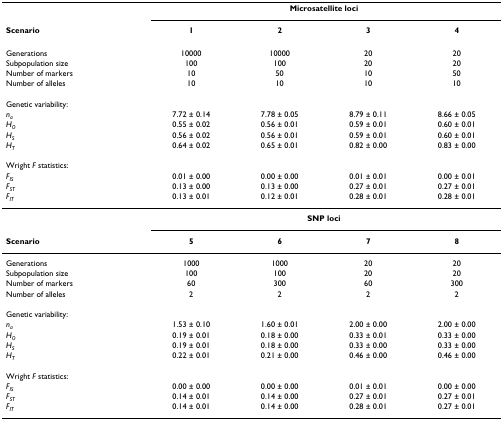
<table><thead><tr><td></td><td colspan="4"><b>Microsatellite loci</b></td></tr><tr><td><b>Scenario</b></td><td><b>1</b></td><td><b>2</b></td><td><b>3</b></td><td><b>4</b></td></tr></thead><tbody><tr><td>Generations</td><td>10000</td><td>10000</td><td>20</td><td>20</td></tr><tr><td>Subpopulation size</td><td>100</td><td>100</td><td>20</td><td>20</td></tr><tr><td>Number of markers</td><td>10</td><td>50</td><td>10</td><td>50</td></tr><tr><td>Number of alleles</td><td>10</td><td>10</td><td>10</td><td>10</td></tr><tr><td>Genetic variability:</td><td></td><td></td><td></td><td></td></tr><tr><td><i>n</i><sub><i>a</i></sub></td><td>7.72 ± 0.14</td><td>7.78 ± 0.05</td><td>8.79 ± 0.11</td><td>8.66 ± 0.05</td></tr><tr><td><i>H</i><sub><i>O</i></sub></td><td>0.55 ± 0.02</td><td>0.56 ± 0.01</td><td>0.59 ± 0.01</td><td>0.60 ± 0.01</td></tr><tr><td><i>H</i><sub><i>S</i></sub></td><td>0.56 ± 0.02</td><td>0.56 ± 0.01</td><td>0.59 ± 0.01</td><td>0.60 ± 0.01</td></tr><tr><td><i>H</i><sub><i>T</i></sub></td><td>0.64 ± 0.02</td><td>0.65 ± 0.01</td><td>0.82 ± 0.00</td><td>0.83 ± 0.00</td></tr><tr><td>Wright <i>F </i>statistics:</td><td></td><td></td><td></td><td></td></tr><tr><td><i>F</i><sub><i>IS</i></sub></td><td>0.01 ± 0.00</td><td>0.00 ± 0.00</td><td>0.01 ± 0.01</td><td>0.00 ± 0.01</td></tr><tr><td><i>F</i><sub><i>ST</i></sub></td><td>0.13 ± 0.00</td><td>0.13 ± 0.00</td><td>0.27 ± 0.01</td><td>0.27 ± 0.01</td></tr><tr><td><i>F</i><sub><i>IT</i></sub></td><td>0.13 ± 0.01</td><td>0.12 ± 0.01</td><td>0.28 ± 0.01</td><td>0.28 ± 0.01</td></tr><tr><td></td><td colspan="4"><b>SNP loci</b></td></tr><tr><td><b>Scenario</b></td><td><b>5</b></td><td><b>6</b></td><td><b>7</b></td><td><b>8</b></td></tr><tr><td>Generations</td><td>1000</td><td>1000</td><td>20</td><td>20</td></tr><tr><td>Subpopulation size</td><td>100</td><td>100</td><td>20</td><td>20</td></tr><tr><td>Number of markers</td><td>60</td><td>300</td><td>60</td><td>300</td></tr><tr><td>Number of alleles</td><td>2</td><td>2</td><td>2</td><td>2</td></tr><tr><td>Genetic variability:</td><td></td><td></td><td></td><td></td></tr><tr><td><i>n</i><sub><i>a</i></sub></td><td>1.53 ± 0.10</td><td>1.60 ± 0.01</td><td>2.00 ± 0.00</td><td>2.00 ± 0.00</td></tr><tr><td><i>H</i><sub><i>O</i></sub></td><td>0.19 ± 0.01</td><td>0.18 ± 0.00</td><td>0.33 ± 0.01</td><td>0.33 ± 0.00</td></tr><tr><td><i>H</i><sub><i>S</i></sub></td><td>0.19 ± 0.01</td><td>0.18 ± 0.00</td><td>0.33 ± 0.00</td><td>0.33 ± 0.00</td></tr><tr><td><i>H</i><sub><i>T</i></sub></td><td>0.22 ± 0.01</td><td>0.21 ± 0.00</td><td>0.46 ± 0.00</td><td>0.46 ± 0.00</td></tr><tr><td>Wright <i>F </i>statistics:</td><td></td><td></td><td></td><td></td></tr><tr><td><i>F</i><sub><i>IS</i></sub></td><td>0.00 ± 0.00</td><td>0.00 ± 0.00</td><td>0.01 ± 0.01</td><td>0.00 ± 0.00</td></tr><tr><td><i>F</i><sub><i>ST</i></sub></td><td>0.14 ± 0.01</td><td>0.14 ± 0.00</td><td>0.27 ± 0.01</td><td>0.27 ± 0.01</td></tr><tr><td><i>F</i><sub><i>IT</i></sub></td><td>0.14 ± 0.01</td><td>0.14 ± 0.00</td><td>0.28 ± 0.01</td><td>0.27 ± 0.01</td></tr></tbody></table>